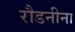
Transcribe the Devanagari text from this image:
रौडनीना